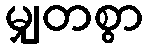
မျှတစွာ